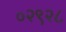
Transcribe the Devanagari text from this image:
०२९२८